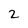
Character: 2